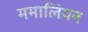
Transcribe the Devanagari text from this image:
ममालियन